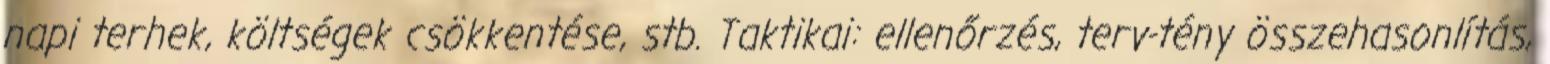
napi terhek, költségek csökkentése, stb. Taktikai: ellenőrzés, terv-tény összehasonlítás,